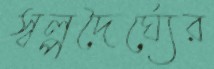
স্বল্পদৈর্ঘ্যের